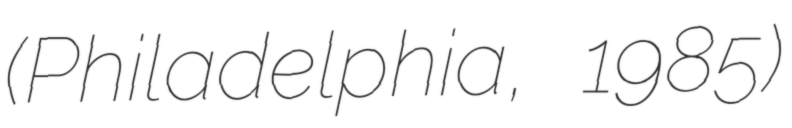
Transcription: (Philadelphia, 1985)